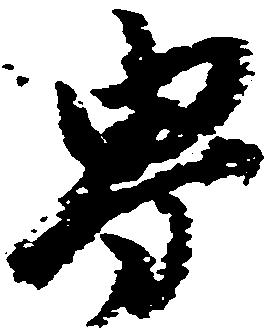
界